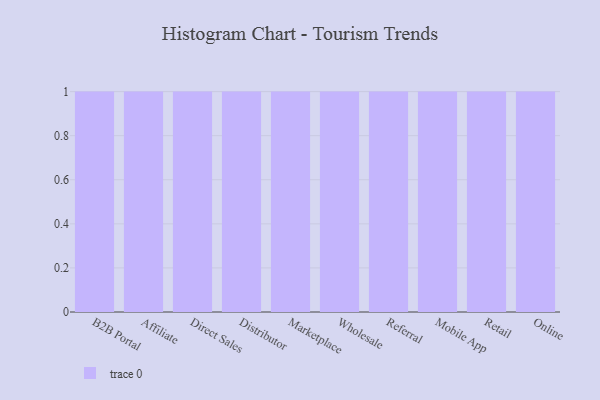
{"axis": {"x": "Channel", "y": "Gross Profit (USD K)"}, "legend": [""], "data": [{"x": "B2B Portal", "y": 51, "type": ""}, {"x": "Affiliate", "y": 47, "type": ""}, {"x": "Direct Sales", "y": 44, "type": ""}, {"x": "Distributor", "y": 26, "type": ""}, {"x": "Marketplace", "y": 11, "type": ""}, {"x": "Wholesale", "y": 61, "type": ""}, {"x": "Referral", "y": 53, "type": ""}, {"x": "Mobile App", "y": 31, "type": ""}, {"x": "Retail", "y": 63, "type": ""}, {"x": "Online", "y": 18, "type": ""}]}